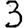
Digit: 3